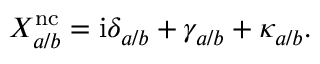
X _ { a / b } ^ { \mathrm { n c } } = \mathrm { i } \delta _ { a / b } + \gamma _ { a / b } + \kappa _ { a / b } .